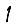
Digit: 1